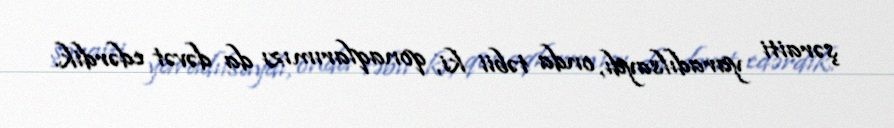
şəraiti yaradılsaydı, onda təbii ki, qonaqlarımızı da dəvət edərdik.